Indian journal of veterinary science and animal husbandry - Volume 10,
Year: 1940
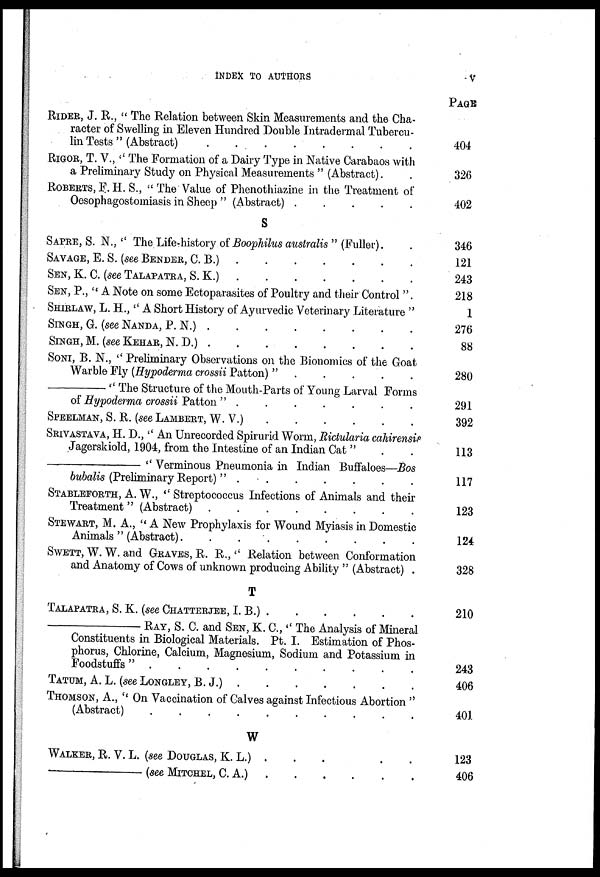
INDEX TO AUTHORS v
RIDER, J. R., " The Relation between Skin Measurements and the Cha-
racter of Swelling in Eleven Hundred Double Intradermal Tubercu-
lin Tests " (Abstract)
.
.
.
.
.
.
.
.
RIGOR, T. V., '' The Formation of a Dairy Type in Native Carabaos with
a Preliminary Study on Physical Measurements " (Abstract). . .
ROBERTS, F. H. S., " The Value of Phenothiazine in the Treatment of
Oesophagostomiasis in Sheep " (Abstract) .
.
.
.
.
S
SAPRE, S. N., " The Life-history of Boophilus australis " (Fuller). .
SAVAGE, E. S. (see BENDER, C. B.) . . . . . . .
SEN, P., "A Note on some Ectoparasites of Poultry and their Control ".
SHIRLAW, L. H.,'' A Short History of Ayurvedic Veterinary Literature "
SINGH, G. (see NANDA, P. N.)
.
.
.
.
.
.
.
.
SINGH, M.(see KEHAR, N. D.) . . . . . . . .
SONI, B. N., '' Preliminary Observations on the Bionomics of the Goat
Warble Fly (Hypoderma crossii Patton) " . . . . . . . .
—''
The Structure of the Mouth-Parts of Young Larval Forms
of Hypoderma crossii Patton" .
.
.
.
.
.
.
SPEELMAN, S. R. (see LAMBERT, W. V.)
.
.
.
.
.
.
.
.
SRIVASTAVA, H. D.,'' An Unrecorded Spirurid Worm, Rictularia cahirensis
Jagerskiold, 1904, from the Intestine of an Indian Cat " . .
—''
Verminous Pneumonia in Indian Buffaloes—Bos
bubalis (Preliminary Report) " .
.
.
.
.
.
.
STABLEFORTH, A. W., " Streptococcus Infections of Animals and their
Treatment" (Abstract) .
.
.
.
.
.
.
.
STEWART, M. A., " A New Prophylaxis for Wound Myiasis in Domestic
Animals " (Abstract)
.
.
.
.
.
.
.
.
SWETT, W. W. and GRAVES, R. R.,'' Relation between Conformation
and Anatomy of Cows of unknown producing Ability " (Abstract) .
T
TALAPATRA, S. K. (see CHATTERJEE, I. B.) . . . . . . . .
—RAY,
S. C. and SEN, K. C,'' The Analysis of Mineral
Constituents in Biological Materials. Pt. I. Estimation of Phos-
phorus, Chlorine, Calcium, Magnesium, Sodium and Potassium in
Foodstuffs"
.
.
.
.
.
.
.
.
TATUM, A. L. (see LONGLEY, B. J.)
.
.
.
.
.
.
.
.
THOMSON, A., '' On Vaccination of Calves against Infectious Abortion "
(Abstract)
.
.
.
.
.
.
.
.
W
WALKET, R. V. L. (see DOUGLAS, K. L.) .
.
.
.
.
.
—(see
MITCHEL,
C. A.)
.
.
.
.
.
.
PAGE
404
326
402
346
121
243
218
1
276
88
280
291
392
113
117
123
124
328
210
243
406
401
123
406